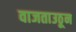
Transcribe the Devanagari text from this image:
वाजताउठून